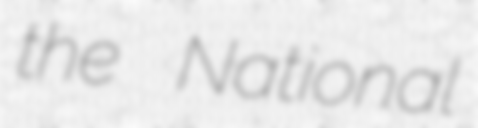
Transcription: the National